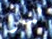
الناس